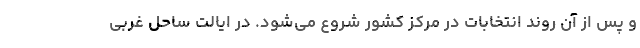
و پس از آن روند انتخابات در مرکز کشور شروع می‌شود. در ایالت ساحل غربی